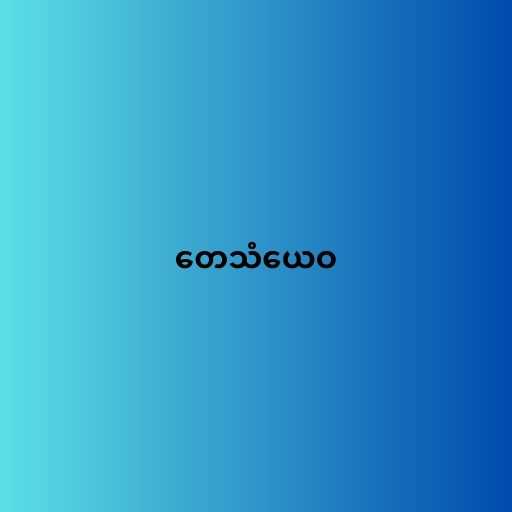
တေသံယေဝ